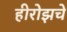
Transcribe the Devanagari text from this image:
हीरोझचे